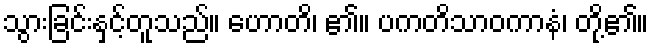
သွားခြင်းနှင့်တူသည်။ ဟောတိ၊ ၏။ ပကတိသာဝကာနံ၊ တို့၏။